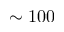
\sim 1 0 0